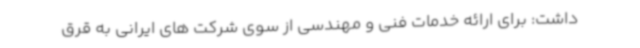
داشت: برای ارائه خدمات فنی و مهندسی از سوی شرکت های ایرانی به قرق